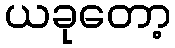
ယခုတော့